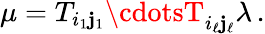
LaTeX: \mu=T_{i_{1}\mathbf{j}_{1}}\cdotsT_{i_{\ell}\mathbf{j}_{\ell}}\lambda\, .